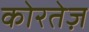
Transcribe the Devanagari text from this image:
कोरतेज़